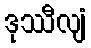
ဒုဿီလျံ